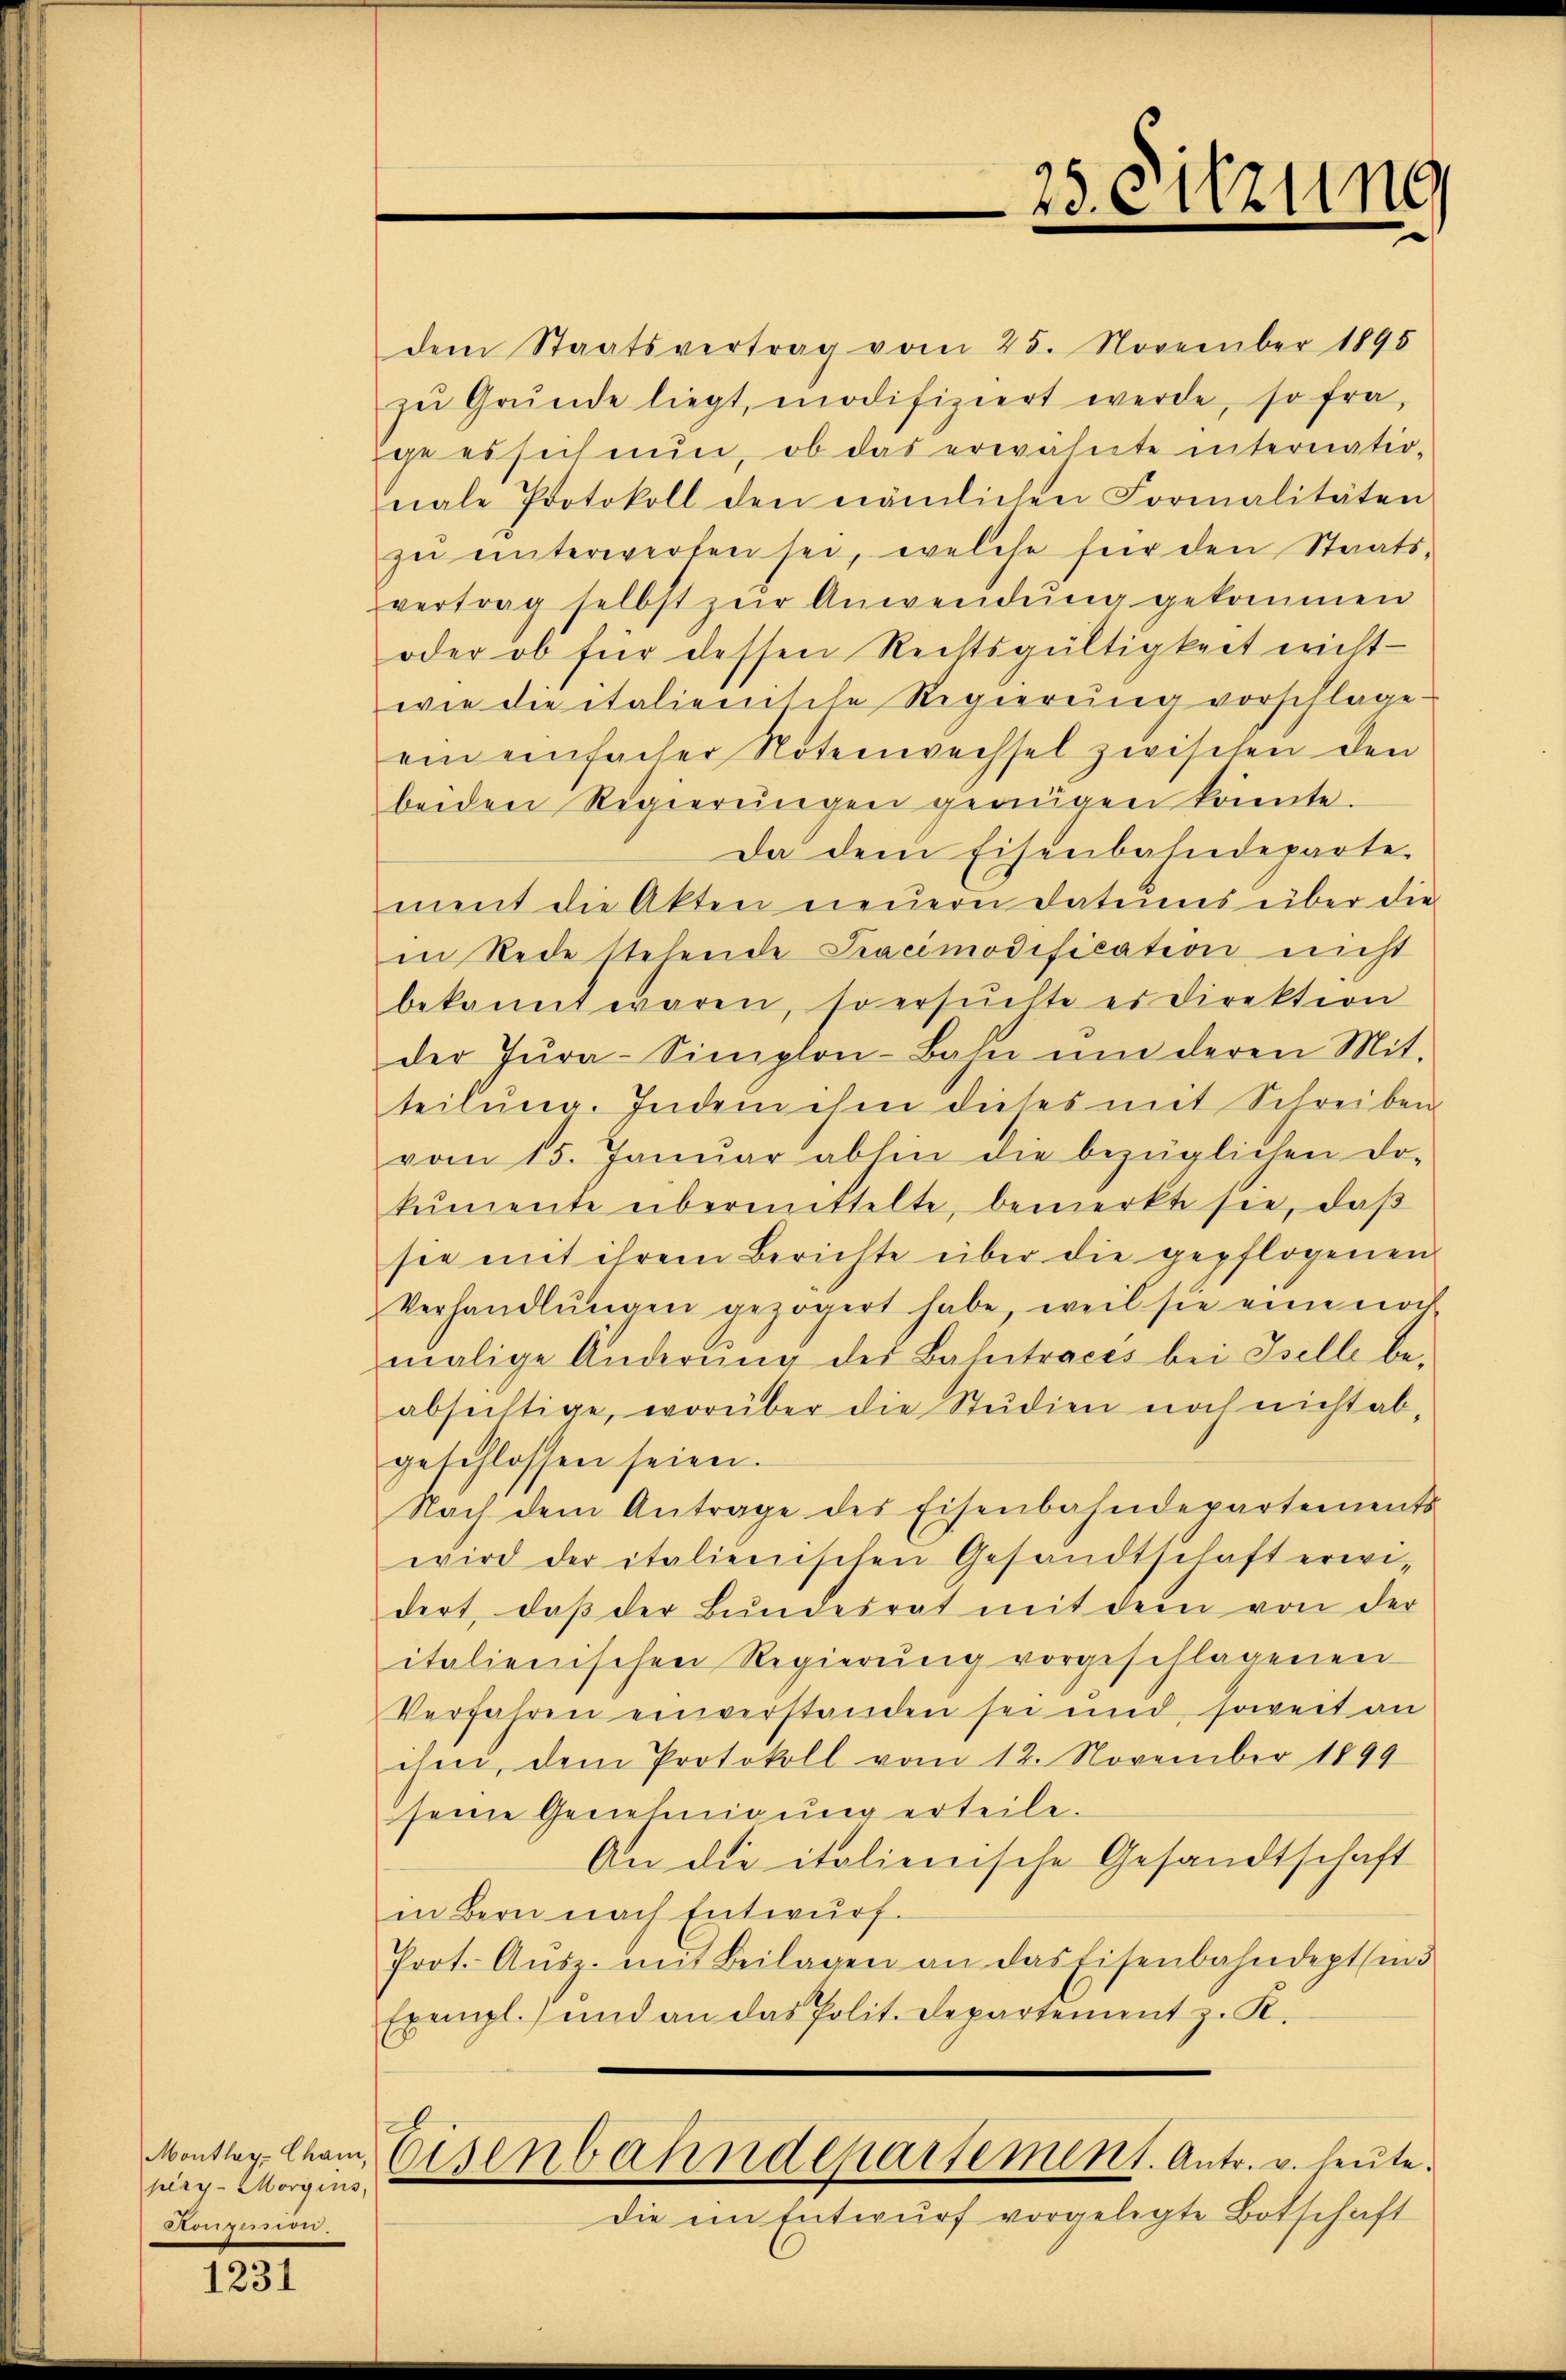
pery. Morgins,
Aigle

1231

dem Staatsvertrag vom 25. November 1895
zu Grunde liegt, modifiziert werde, so fra
ge es sich nun, ob das erwähnte internationale Protokoll den nämlichen Formalitäten
zŭ ŭnterwerfen sei, welche für den Staats-
vertrag selbst zŭr Anwendung gekommen
oder ob für dessen Rechtsgültigkeit will
wie die italienische Regierung vorschlage.
ein einfacher Notenwechsel zwischen den
beiden Regierŭngen genügen könnte.
Da dem Eisenbahndeparte
ment die Akten neŭern Datums über die
in Rede stehende Pracimodification nicht
bekannt waren, so ersŭchte es direktion
der Jŭra-Simplon-Bahn ŭm deren Mit-
teilŭng. Indem ihm dieses mit Schreiben
vom 15. Janŭar abhin die bezüglichen Do-
kumente übermittelte, bemerkte sie, daß
sie mit ihrem Berichte über die gepflogenen
Verhandlŭngen gezögert habe, weil sie eine von
malige Änderŭng des Bahntraces bei Zelle be-
absichtige, worüber die Studien noch nicht ab,
geschlossen seien.
Nach dem Antrage des Eisenbahndepartements
wird der italienischen Gesandtschaft erwi-
dert, daß der Bundesrat mit dem von der
italienischen Regierŭng vorgeschlagenen
Verfahren einverstanden sei und soweit an
ihn, dem Protokoll vom 12. November 1899
seine Genehmigung erteile.
An die italienische Gesandtschaft
in Bern nach Entwurf.
Prot. Aŭsz. mit Beilagen an das Eisenbahndept sind
Exempl.) und an das Polit. Departement z. R.
Montag. Chan, Eisenbahndepartement. Antr. v. heute.
die im Entwurf vorgelegte Botschaft

25. Sitzung